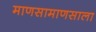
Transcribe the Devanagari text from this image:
माणसामाणसाला